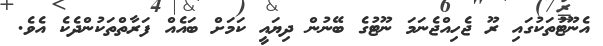
އެނޫޓުތަކުގައި ރޫ ޖެހިއްޖެނަމަ ނޫޓުގެ ބޭނުން ދިޔައީ ކަމަށް ބައެއް ފަރާތްތަކުންދެކެ އެވެ.